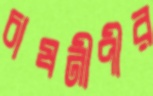
চাষনীপীর